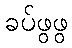
ခပ်ဖွဖွ